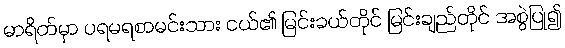
မာရိတ်မှာ ပရမရစာမင်းသား ငယ်၏ မြင်းခယ်တိုင် မြင်းချည်တိုင် အစွဲပြု၍